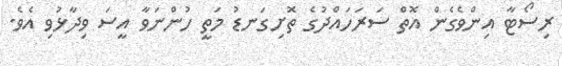
ރިސޯޓާ އިންވެގެން އޮތް ސަރަހައްދުގެ ތޮށިގަނޑު މަތީ ހުންނަވާ އީސަ ވިދާޅުވި އެވެ.